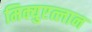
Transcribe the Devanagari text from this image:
मिक्युएत्लान